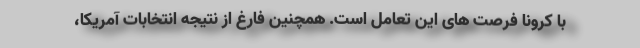
با کرونا فرصت های این تعامل است. همچنین فارغ از نتیجه انتخابات آمریکا،